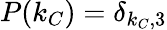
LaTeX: P(k_{C})=\delta_{k_{C},3}